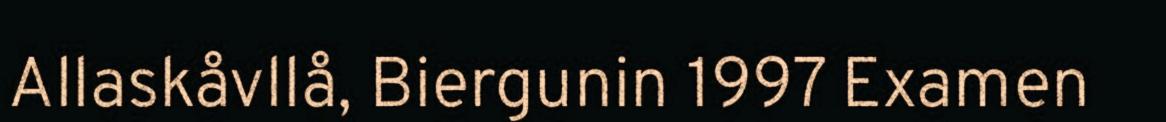
Allaskåvllå, Biergunin 1997 Examen